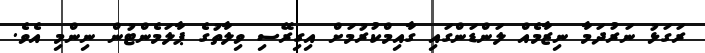
ރަގަޅު ނަރުދަމާ ނިޒާމެއް ލަންޑަންގައި ގާއިމްކުރުމަށް އިގިރޭސި ވިލާތުގެ ޕާލަމެންޓުން ނިންމި އެވެ.